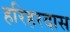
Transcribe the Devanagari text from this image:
हरिहरदास